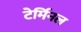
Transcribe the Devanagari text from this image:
टेर्मिनल